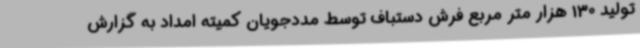
تولید 130 هزار متر مربع فرش دستباف توسط مددجویان کمیته امداد به گزارش